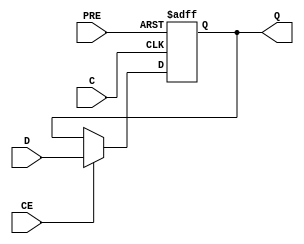
module FDPE_HME #(
parameter INIT=1'd1
)
(
  input wire D,      // 
  input wire C,      // 
  input wire CE,     // 
  input wire PRE,    // 
  output wire Q      // 
);
  
  reg Q_reg;         // 

  always @(posedge C or posedge PRE) begin
    if (PRE) begin
      Q_reg <= 1'b1;  // 
    end else if (CE) begin
      Q_reg <= D;     // 
    end
  end

  assign Q = Q_reg;   // 

endmodule